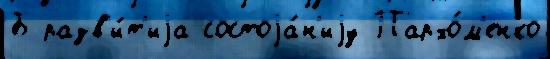
Б разв'и́т'иjа состоjа́н'иjу Пархо́м'енко